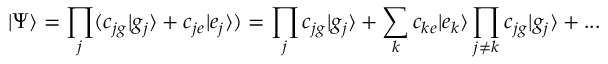
| \Psi \rangle = \prod _ { j } ( c _ { j g } | g _ { j } \rangle + c _ { j e } | e _ { j } \rangle ) = \prod _ { j } c _ { j g } | g _ { j } \rangle + \sum _ { k } c _ { k e } | e _ { k } \rangle \prod _ { j \neq k } c _ { j g } | g _ { j } \rangle + . . .